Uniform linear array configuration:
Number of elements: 8
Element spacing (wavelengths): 0.75
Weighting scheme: hann
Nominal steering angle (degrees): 0
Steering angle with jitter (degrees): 1.822
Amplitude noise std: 0.05
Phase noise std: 0.05

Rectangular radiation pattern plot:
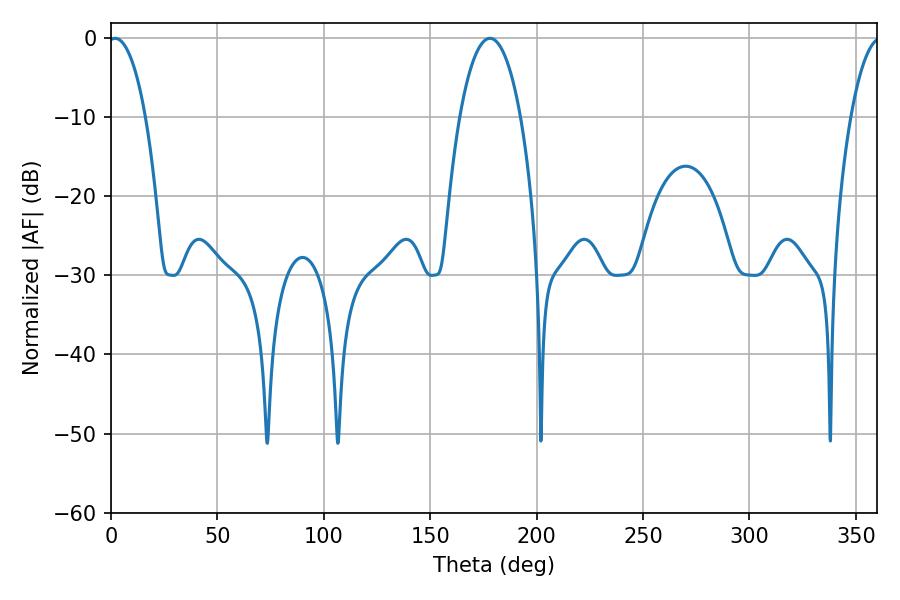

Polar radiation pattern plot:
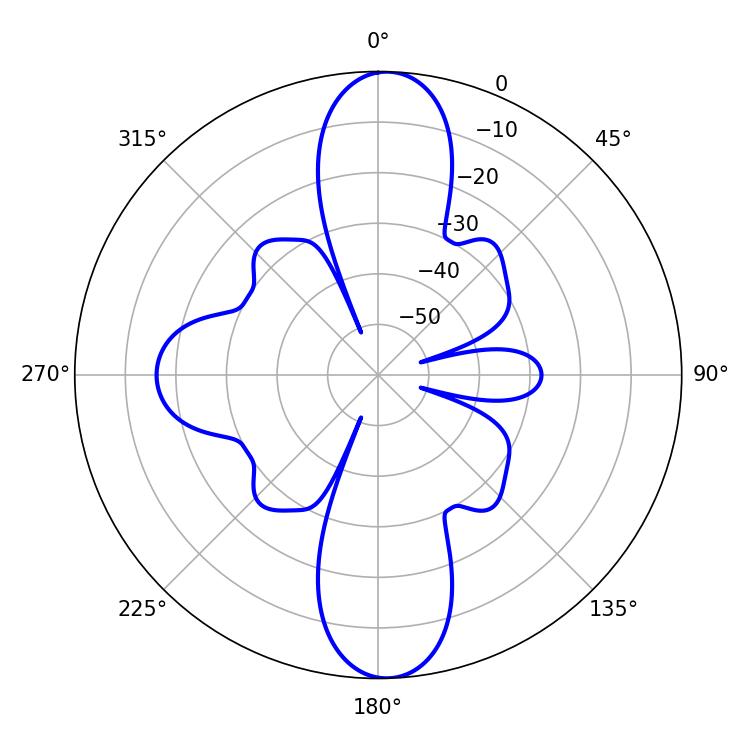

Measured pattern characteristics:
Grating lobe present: TRUE
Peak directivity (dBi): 23.048
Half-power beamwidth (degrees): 9.9
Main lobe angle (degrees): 1.98